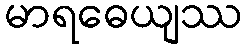
မာရဓေယျဿ